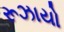
રૂઝાયો